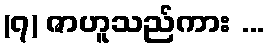
(၇) ဇာဟူသည်ကား ...